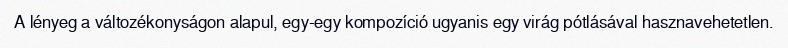
A lényeg a változékonyságon alapul, egy-egy kompozíció ugyanis egy virág pótlásával hasznavehetetlen.